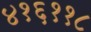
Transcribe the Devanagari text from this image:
४१६११८